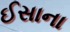
ઈસાના